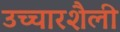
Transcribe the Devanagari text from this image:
उच्चारशैली